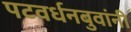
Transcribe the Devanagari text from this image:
पटवर्धनबुवांनी